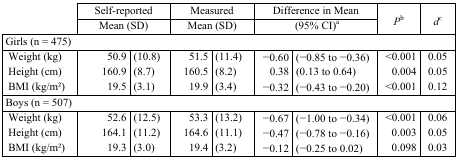
<table><thead><tr><td rowspan="3"></td><td colspan="2"><b>Self-reported</b></td><td colspan="2"><b>Measured</b></td><td colspan="2"><b>Difference in Mean</b></td><td rowspan="3"><b><i>P</i>b</b></td><td rowspan="3"><b><i>dc</i></b></td></tr><tr><td colspan="2"><b>Mean (SD)</b></td><td colspan="2"><b>Mean (SD)</b></td><td colspan="2"><b>(95% CI)a</b></td></tr></thead><tbody><tr><td colspan="9">Girls (n = 475)</td></tr><tr><td>Weight (kg)</td><td>50.9</td><td>(10.8)</td><td>51.5</td><td>(11.4)</td><td>−0.60</td><td>(−0.85 to −0.36)</td><td>&lt;0.001</td><td>0.05</td></tr><tr><td>Height (cm)</td><td>160.9</td><td>(8.7)</td><td>160.5</td><td>(8.2)</td><td>0.38</td><td>(0.13 to 0.64)</td><td>0.004</td><td>0.05</td></tr><tr><td>BMI (kg/m<sup>2</sup>)</td><td>19.5</td><td>(3.1)</td><td>19.9</td><td>(3.4)</td><td>−0.32</td><td>(−0.43 to −0.20)</td><td>&lt;0.001</td><td>0.12</td></tr><tr><td colspan="9">Boys (n = 507)</td></tr><tr><td>Weight (kg)</td><td>52.6</td><td>(12.5)</td><td>53.3</td><td>(13.2)</td><td>−0.67</td><td>(−1.00 to −0.34)</td><td>&lt;0.001</td><td>0.06</td></tr><tr><td>Height (cm)</td><td>164.1</td><td>(11.2)</td><td>164.6</td><td>(11.1)</td><td>−0.47</td><td>(−0.78 to −0.16)</td><td>0.003</td><td>0.05</td></tr><tr><td>BMI (kg/m<sup>2</sup>)</td><td>19.3</td><td>(3.0)</td><td>19.4</td><td>(3.2)</td><td>−0.12</td><td>(−0.25 to 0.02)</td><td>0.098</td><td>0.03</td></tr></tbody></table>